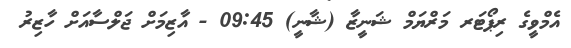
އެމްވީގެ ރިޕޯޓަރ މަރްޔަމް ޝަނީޒާ (ޝާނީ) 09:45 - އާޒިމަށް ޖަލްސާއަށް ހާޒިރު